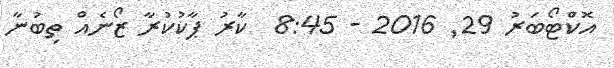
އޮކްޓޯބަރު 29